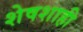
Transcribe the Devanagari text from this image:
शेषशाही